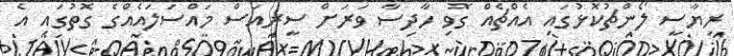
ރިޔާސީ ލޯންޗުކޮޅުގައި އެއްޗެއް ގޮވި ހާދިސާ ވަރަށް ސީރިއަސް މައްސަލައެއްގެ ގޮތުގައި އެ